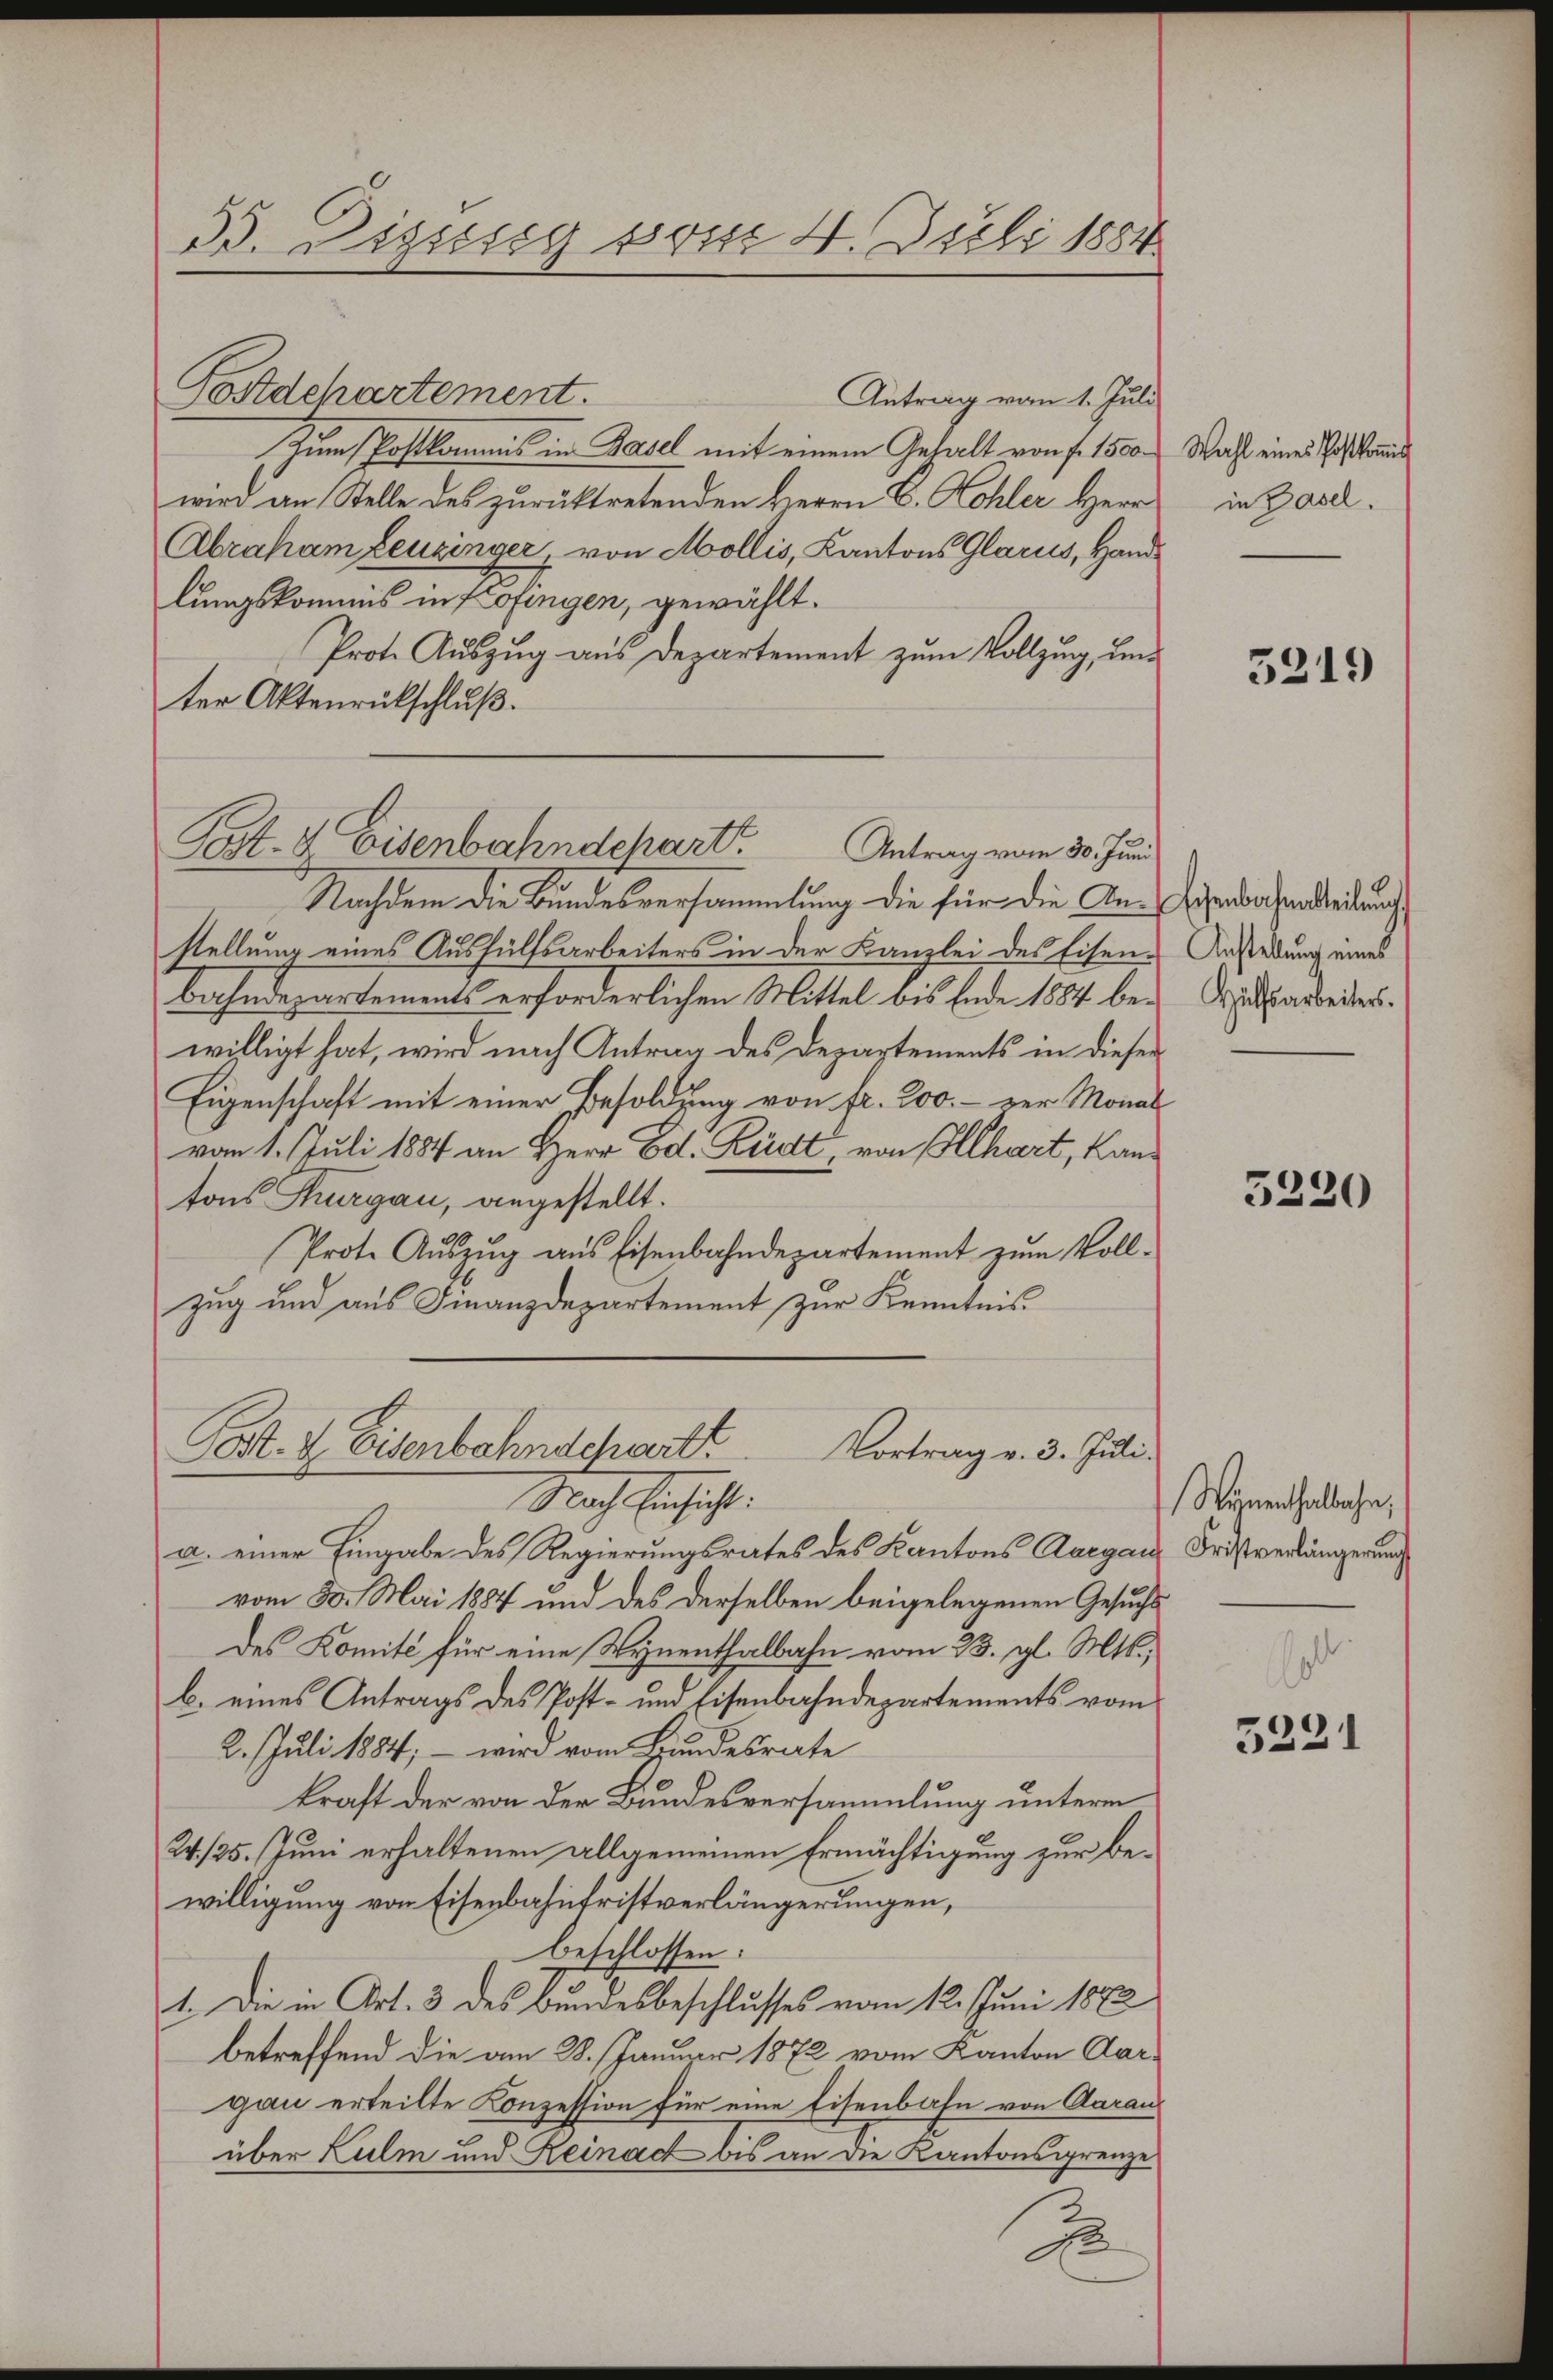
33. Disseg von 4. Juli 1884

Post- & Eisenbahndepart

Postdchartement.
Antrag vom 1. Juli
Zum Postkommnis in Basel mit einem Gehalt von f. 1500.
wird an Stelle des zurücktretenden Herrn C. Kohler Herr
Abraham Leuzinger, von Mollis, Kantons Glarus, Handlungskommis in Kofingen, gewählt.
Prot. Auszug aus Departement zum Vollzug, und
ter Aktenrütschluß.
Antrag vom 30. Juni
Nachdem die Bundesversammlung die für die Anstellung eines Aushülfsarbeiters in der Kanzlei des Eisen-
bahndepartements erforderlichen Mittel bis Ende 1884 be-
willigt hat, wird nach Antrag des Departements in dieser
Eigenschaft mit einer Besoldung von fr. 200. - zur Monat
vom 1. Juli 1887 an Herr Ed. Rudt, von Allhart, Kantons Thurgau, angestellt.
Prote Aŭszŭg aŭs Eisenbahndepartement zŭm Voll-
zug und aus Finanzdepartement zur Kenntnis
Post- & Eisenbahnschart.
Vortrag v. 3. Juli.
Nach beschicht
a. einer Eingabe des Regierungsrates des Kantons Aargau, Fristverlängerung
vom 30. Mai 1887 und des derselben beigelegenen Gesuchs
des Komité für eine Wynenthalbahn vom 23. gl. Mts.,
b. eines Antrags des Post- und Eisenbahndepartements vom
2. Juli 1884, – wird vom Bundesrate
kraft der von der Bundesversammlung unterm
24./25. Juni erhaltenen allgemeinen Ermächtigung zur bewilligung von Eisenbahnfristverlängerungen,
beschlossen:
1. Die in Art. 3 des Bundesbeschlusses vom 12. Juni 1883
betreffend die am 28. Januar 1872 vom Kanton Aargau erteilte Konzession für eine Eisenbahn von Aarau
über Kulm und Reinach bis an die Kantonsgrenze
d

Wahl eines Postkommi
in Basel.

3219

Eisenbahnatteilŭng
Anstellung eines
Hülfsarbeiters.

5220

Wämenthalbahn,

5221